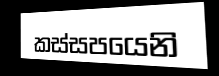
කස්සපයෙනි